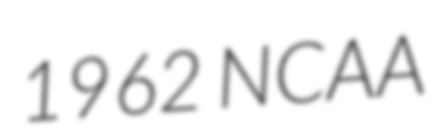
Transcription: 1962 NCAA